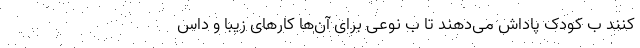
کنند ب کودک پاداش‌ می‌دهند تا ب نوعی برای آن‌ها کارهای زیبا و داس